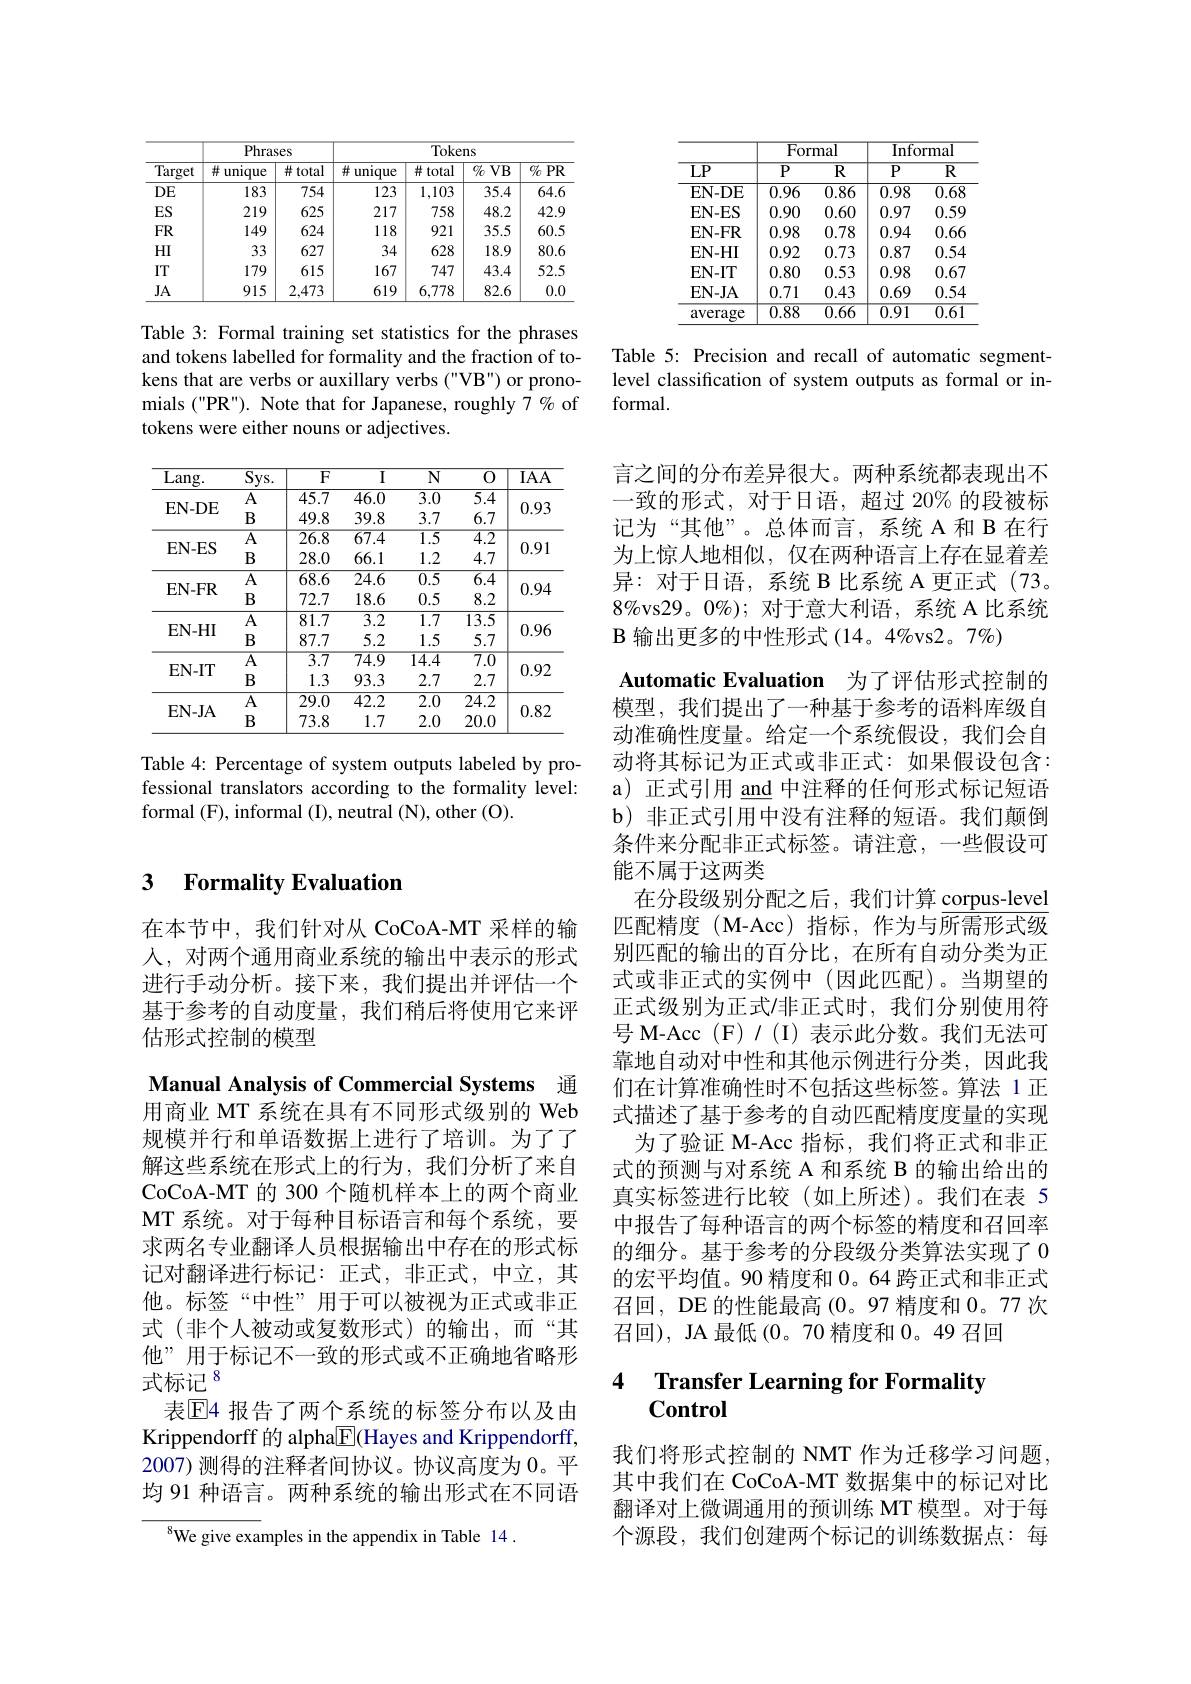
<table>
	<tbody>
		<tr>
			<th rowspan="2">$\overline{\text{Target}}$</th>
			<th colspan="2">Phrases</th>
			<th colspan="4">Tokens</th>
		</tr>
		<tr>
			<th>井 unique</th>
			<th>$\#total$</th>
			<th>井 unique 1</th>
			<th>$\#total$</th>
			<th>$\overrightarrow{\text{仍 VB}}$</th>
			<th>$\textcircled{7}_0PR$</th>
		</tr>
		<tr>
			<td>$DE$</td>
			<td>183</td>
			<td>754</td>
			<td>123</td>
			<td>1,103</td>
			<td>35.4</td>
			<td>64.6</td>
		</tr>
		<tr>
			<td>ES</td>
			<td>219</td>
			<td>625</td>
			<td>217</td>
			<td>758</td>
			<td>48.2</td>
			<td>42.9</td>
		</tr>
		<tr>
			<td>$FR$</td>
			<td>149</td>
			<td>624</td>
			<td>118</td>
			<td>921</td>
			<td>35.5</td>
			<td>60.5</td>
		</tr>
		<tr>
			<td>$HI$</td>
			<td>33</td>
			<td>627</td>
			<td>34</td>
			<td>628</td>
			<td>18.9</td>
			<td>80.6</td>
		</tr>
		<tr>
			<td>IT</td>
			<td>179</td>
			<td>615</td>
			<td>167</td>
			<td>747</td>
			<td>43.4</td>
			<td>52.5</td>
		</tr>
		<tr>
			<td>JA</td>
			<td>915</td>
			<td>2,473</td>
			<td>619</td>
			<td>6,778</td>
			<td>82.6</td>
			<td>0.0</td>
		</tr>
	</tbody>
</table>

Table 3: Formal training set statistics for the phrases and tokens labelled for formality and the fraction of tokens that are verbs or auxillary verbs ("VB") or pronomials ("PR"). Note that for Japanese, roughly 7 % of tokens were either nouns or adjectives.

<table>
	<tbody>
		<tr>
			<th>$\overline{\mathrm{Lang.}}$</th>
			<th>$\overline{\mathrm{Sys.}}$</th>
			<th>$\overline{F}$</th>
			<th>$\overline{\mathrm{I}}$</th>
			<th>$\overline{\mathrm{N}}$</th>
			<th>$\overline{0}$</th>
			<th>$\overline{\mathrm{IAA}}$</th>
		</tr>
		<tr>
			<td rowspan="2">$\mathbf{EN-DE}$</td>
			<td>A</td>
			<td>$\overline{45.7}$</td>
			<td>46.0</td>
			<td>$\overline{3.0}$</td>
			<td>$\overline{5.4}$</td>
			<td> </td>
		</tr>
		<tr>
			<td>B</td>
			<td>49.8</td>
			<td>39.8</td>
			<td>3.7</td>
			<td>6.7</td>
			<td>0.9.9</td>
		</tr>
		<tr>
			<td rowspan="2">EN- ES</td>
			<td>$\overline{\mathrm{A}}$</td>
			<td>$\overline{26.8}$</td>
			<td>$\overline{67.4}$</td>
			<td>$\overline{1.5}$</td>
			<td>$\overline{4.2}$</td>
			<td rowspan="2">0.91</td>
		</tr>
		<tr>
			<td>$B$</td>
			<td>28.0</td>
			<td>66.1</td>
			<td>1.2</td>
			<td>4.7</td>
		</tr>
		<tr>
			<td rowspan="2">$\mathbf{EN-FR}$</td>
			<td>$\overline{A}$</td>
			<td>$\overline{68.6}$</td>
			<td>$\overline{24.6}$</td>
			<td>$\overline{0.5}$</td>
			<td>$\overline{6.4}$</td>
			<td rowspan="2">0.94</td>
		</tr>
		<tr>
			<td>$B$</td>
			<td>72.7</td>
			<td>18.6</td>
			<td>0.5</td>
			<td>8.2</td>
		</tr>
		<tr>
			<td rowspan="2">EN- HI</td>
			<td>A</td>
			<td>$\overline{81.7}$</td>
			<td>$\overline{3.2}$</td>
			<td>$\overline{1.7}$</td>
			<td>$\overline{13.5}$</td>
			<td rowspan="2">0.96</td>
		</tr>
		<tr>
			<td>$B$</td>
			<td>87.7</td>
			<td>5.2</td>
			<td>1.5</td>
			<td>5.7</td>
		</tr>
		<tr>
			<td rowspan="2">EN- IT</td>
			<td>$\overline{A}$</td>
			<td>$\overline{3.7}$</td>
			<td>$\overline{74.9}$</td>
			<td>$\overline{14.4}$</td>
			<td>$\overline{7.0}$</td>
			<td rowspan="2">0.92</td>
		</tr>
		<tr>
			<td>$B$</td>
			<td>1.3</td>
			<td>93.3</td>
			<td>2.7</td>
			<td>2.7</td>
		</tr>
		<tr>
			<td rowspan="2">EN- JA</td>
			<td>$A$</td>
			<td>$\overline{29.0}$</td>
			<td>$\overline{42.2}$</td>
			<td>$\overline{2.0}$</td>
			<td>$\overline{24.2}$</td>
			<td rowspan="2">0.82</td>
		</tr>
		<tr>
			<td>$B$</td>
			<td>73.8</td>
			<td>1.7</td>
			<td>2.0</td>
			<td>20.0</td>
		</tr>
	</tbody>
</table>

Table 4: Percentage of system outputs labeled by professional translators according to the formality level: formal (F), informal (I), neutral (N), other (O).

## 3 $\textbf{Formalitv Evaluation}$

在本节中，我们针对从 CoCoA-MT 采样的输人，对两个通用商业系统的输出中表示的形式进行手动分析。接下来，我们提出并评估一个基于参考的自动度量，我们稍后将使用它来评估形式控制的模型

<table>
	<tbody>
		<tr>
			<th rowspan="2">$\overline{\mathrm{LP}}$</th>
			<th colspan="2">Formal</th>
			<th colspan="2">Informal</th>
		</tr>
		<tr>
			<th>$\overline{\mathbf{P}}$</th>
			<th>$\overline{\mathbb{R}}$</th>
			<th>$\overline{\mathbf{P}}$</th>
			<th>$\overline{\mathbb{R}}$</th>
		</tr>
		<tr>
			<td>$\mathbf{EN-DE}$</td>
			<td>$\overline{0.96}$</td>
			<td>$\overline{0.86}$</td>
			<td>0.98</td>
			<td>0.68</td>
		</tr>
		<tr>
			<td>$\mathbf{EN-ES}$</td>
			<td>0.90</td>
			<td>0.60</td>
			<td>0.97</td>
			<td>0.59</td>
		</tr>
		<tr>
			<td>$\mathbf{EN-FR}$</td>
			<td>0.98</td>
			<td>0.78</td>
			<td>0.94</td>
			<td>0.66</td>
		</tr>
		<tr>
			<td>$\mathbf{EN-HI}$</td>
			<td>0.92</td>
			<td>0.73</td>
			<td>0.87</td>
			<td>0.54</td>
		</tr>
		<tr>
			<td>$\mathbf{EN-IT}$</td>
			<td>0.80</td>
			<td>0.53</td>
			<td>0.98</td>
			<td>0.67</td>
		</tr>
		<tr>
			<td>$\mathbf{EN-JA}$</td>
			<td>0.71</td>
			<td>0.43</td>
			<td>0.69</td>
			<td>0.54</td>
		</tr>
		<tr>
			<td>${\mathrm{average}}$</td>
			<td>$\overline{0.88}$</td>
			<td>$\overline{0.66}$</td>
			<td>$\overline{0.91}$</td>
			<td>$\overline{0.61}$</td>
		</tr>
	</tbody>
</table>

Table 5: Precision and recall of automatic segmentlevel classification of system outputs as formal or informal.

言之间的分布差异很大。两种系统都表现出不一致的形式，对于日语，超过 20% 的段被标记为“其他”。总体而言，系统 A 和 B 在行为上惊人地相似，仅在两种语言上存在显着差异：对于日语，系统 B 比系统 A 更正式 (73。$8\%$vs29。$0\%);$对于意大利语，系统 A 比系统$\mathcal{B}$输出更多的中性形式 (14。4%Vs2。7%)
Automatic Evaluation 为了评估形式控制的模型，我们提出了一种基于参考的语料库级自动准确性度量。给定一个系统假设，我们会自动将其标记为正式或非正式：如果假设包含： a) 正式引用 and 中注释的任何形式标记短语b) 非正式引用中没有注释的短语。我们颠倒条件来分配非正式标签。请注意，一些假设可能不属于这两类
在分段级别分配之后，我们计算 corpus-level 匹配精度 (M-Acc)指标，作为与所需形式级别匹配的输出的百分比，在所有自动分类为正式或非正式的实例中(因此匹配)。当期望的正式级别为正式/非正式时，我们分别使用符号 M-Acc(F)/(I)表示此分数。我们无法可靠地自动对中性和其他示例进行分类，因此我们在计算准确性时不包括这些标签。算法 1 正式描述了基于参考的自动匹配精度度量的实现
为了验证 M-Acc 指标，我们将正式和非正式的预测与对系统 A 和系统 B 的输出给出的真实标签进行比较(如上所述)。我们在表 5中报告了每种语言的两个标签的精度和召回率的细分。基于参考的分段级分类算法实现了0的宏平均值。90 精度和 0。64 跨正式和非正式召回，DE 的性能最高 (0。97 精度和0。77 次召回), JA 最低(0。70 精度和0。49 召回

## 4 Transfer Learning for Formality $\mathbf{Control}$

我们将形式控制的 NMT 作为迁移学习问题， 其中我们在 CoCoA-MT 数据集中的标记对比翻译对上微调通用的预训练 MT 模型。对于每个源段，我们创建两个标记的训练数据点：每

Manual Analysis of Commercial Systems 通用商业 MT 系统在具有不同形式级别的 Web 规模并行和单语数据上进行了培训。为了了解这些系统在形式上的行为，我们分析了来自CoCoA-MT 的 300 个随机样本上的两个商业MT 系统。对于每种目标语言和每个系统，要求两名专业翻译人员根据输出中存在的形式标记对翻译进行标记：正式，非正式，中立，其他。标签“中性”用于可以被视为正式或非正式(非个人被动或复数形式)的输出，而“其他”用于标记不一致的形式或不正确地省略形式标记$^{8}$
表$\operatorname{E}$4 报告了两个系统的标签分布以及由Krippendorff 的 alpha$\boxed{\mathrm{F}}$(Hayes and Krippendorff, 2007) 测得的注释者间协议。协议高度为 0。平均 91 种语言。两种系统的输出形式在不同语

$^{8}$We give examples in the appendix in Table 14.